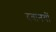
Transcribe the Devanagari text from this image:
दवानयों